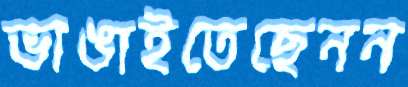
ভাঙাইতেছেনন